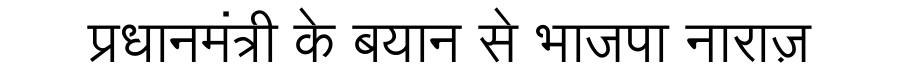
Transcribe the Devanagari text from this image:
प्रधानमंत्री के बयान से भाजपा नाराज़